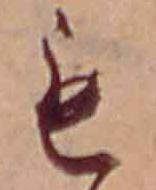
も